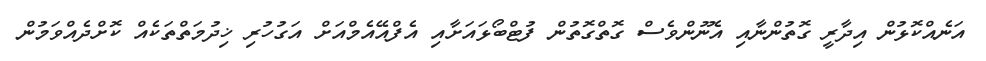
އަނެއްކޮޅުން އިދާރީ ގޮތުންނާއި އެނޫންވެސް ގޮތްގޮތުން ފުޓްބޯޅައަށާއި އެފްއޭއެމްއަށް އަގުހުރި ޚިދުމަތްތަކެއް ކޮށްދެއްވަމުން